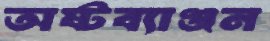
অষ্টব্যাঞ্জন